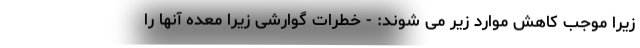
زیرا موجب کاهش موارد زیر می شوند: - خطرات گوارشی زیرا معده آنها را